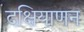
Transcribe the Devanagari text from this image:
दक्षियाणन